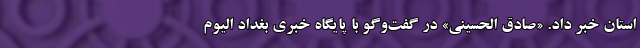
استان خبر داد. «صادق الحسینی» در گفت‌وگو با پایگاه خبری بغداد الیوم